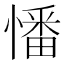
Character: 憣